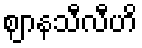
ဈာနသီလီဟိ